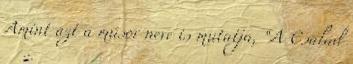
Amint azt a műsor neve is mutatja, “A Család